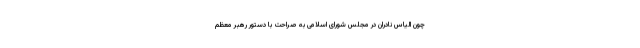
چون الیاس نادران در مجلس شورای اسلامی به صراحت با دستور رهبر معظم